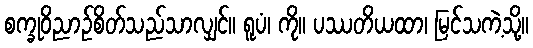
စက္ခုဝိညာဉ်စိတ်သည်သာလျှင်။ ရူပံ၊ ကို။ ပဿတိယထာ၊ မြင်သကဲ့သို့။